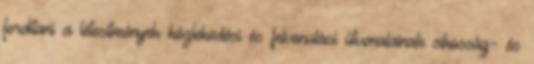
fordítani a létesítmények közlekedési és felvonulási útvonalainak síkosság- és